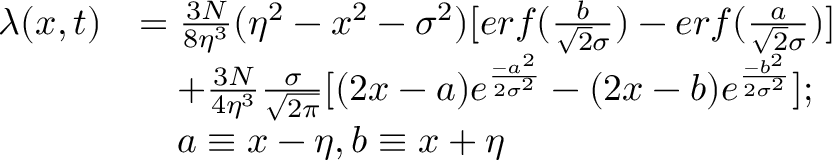
\begin{array} { r l } { \lambda ( x , t ) } & { = \frac { 3 N } { 8 \eta ^ { 3 } } ( \eta ^ { 2 } - x ^ { 2 } - \sigma ^ { 2 } ) [ e r f ( \frac { b } { \sqrt { 2 } \sigma } ) - e r f ( \frac { a } { \sqrt { 2 } \sigma } ) ] } \\ & { \quad + \frac { 3 N } { 4 \eta ^ { 3 } } \frac { \sigma } { \sqrt { 2 \pi } } [ ( 2 x - a ) e ^ { \frac { - a ^ { 2 } } { 2 \sigma ^ { 2 } } } - ( 2 x - b ) e ^ { \frac { - b ^ { 2 } } { 2 \sigma ^ { 2 } } } ] ; } \\ & { \quad a \equiv x - \eta , b \equiv x + \eta } \end{array}